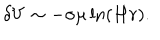
LaTeX: \delta V \sim - \sigma \mu \ln \left( H r \right) .